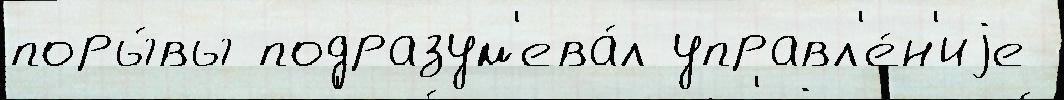
поры́вы подразум'ева́л управл'е́н'иjе